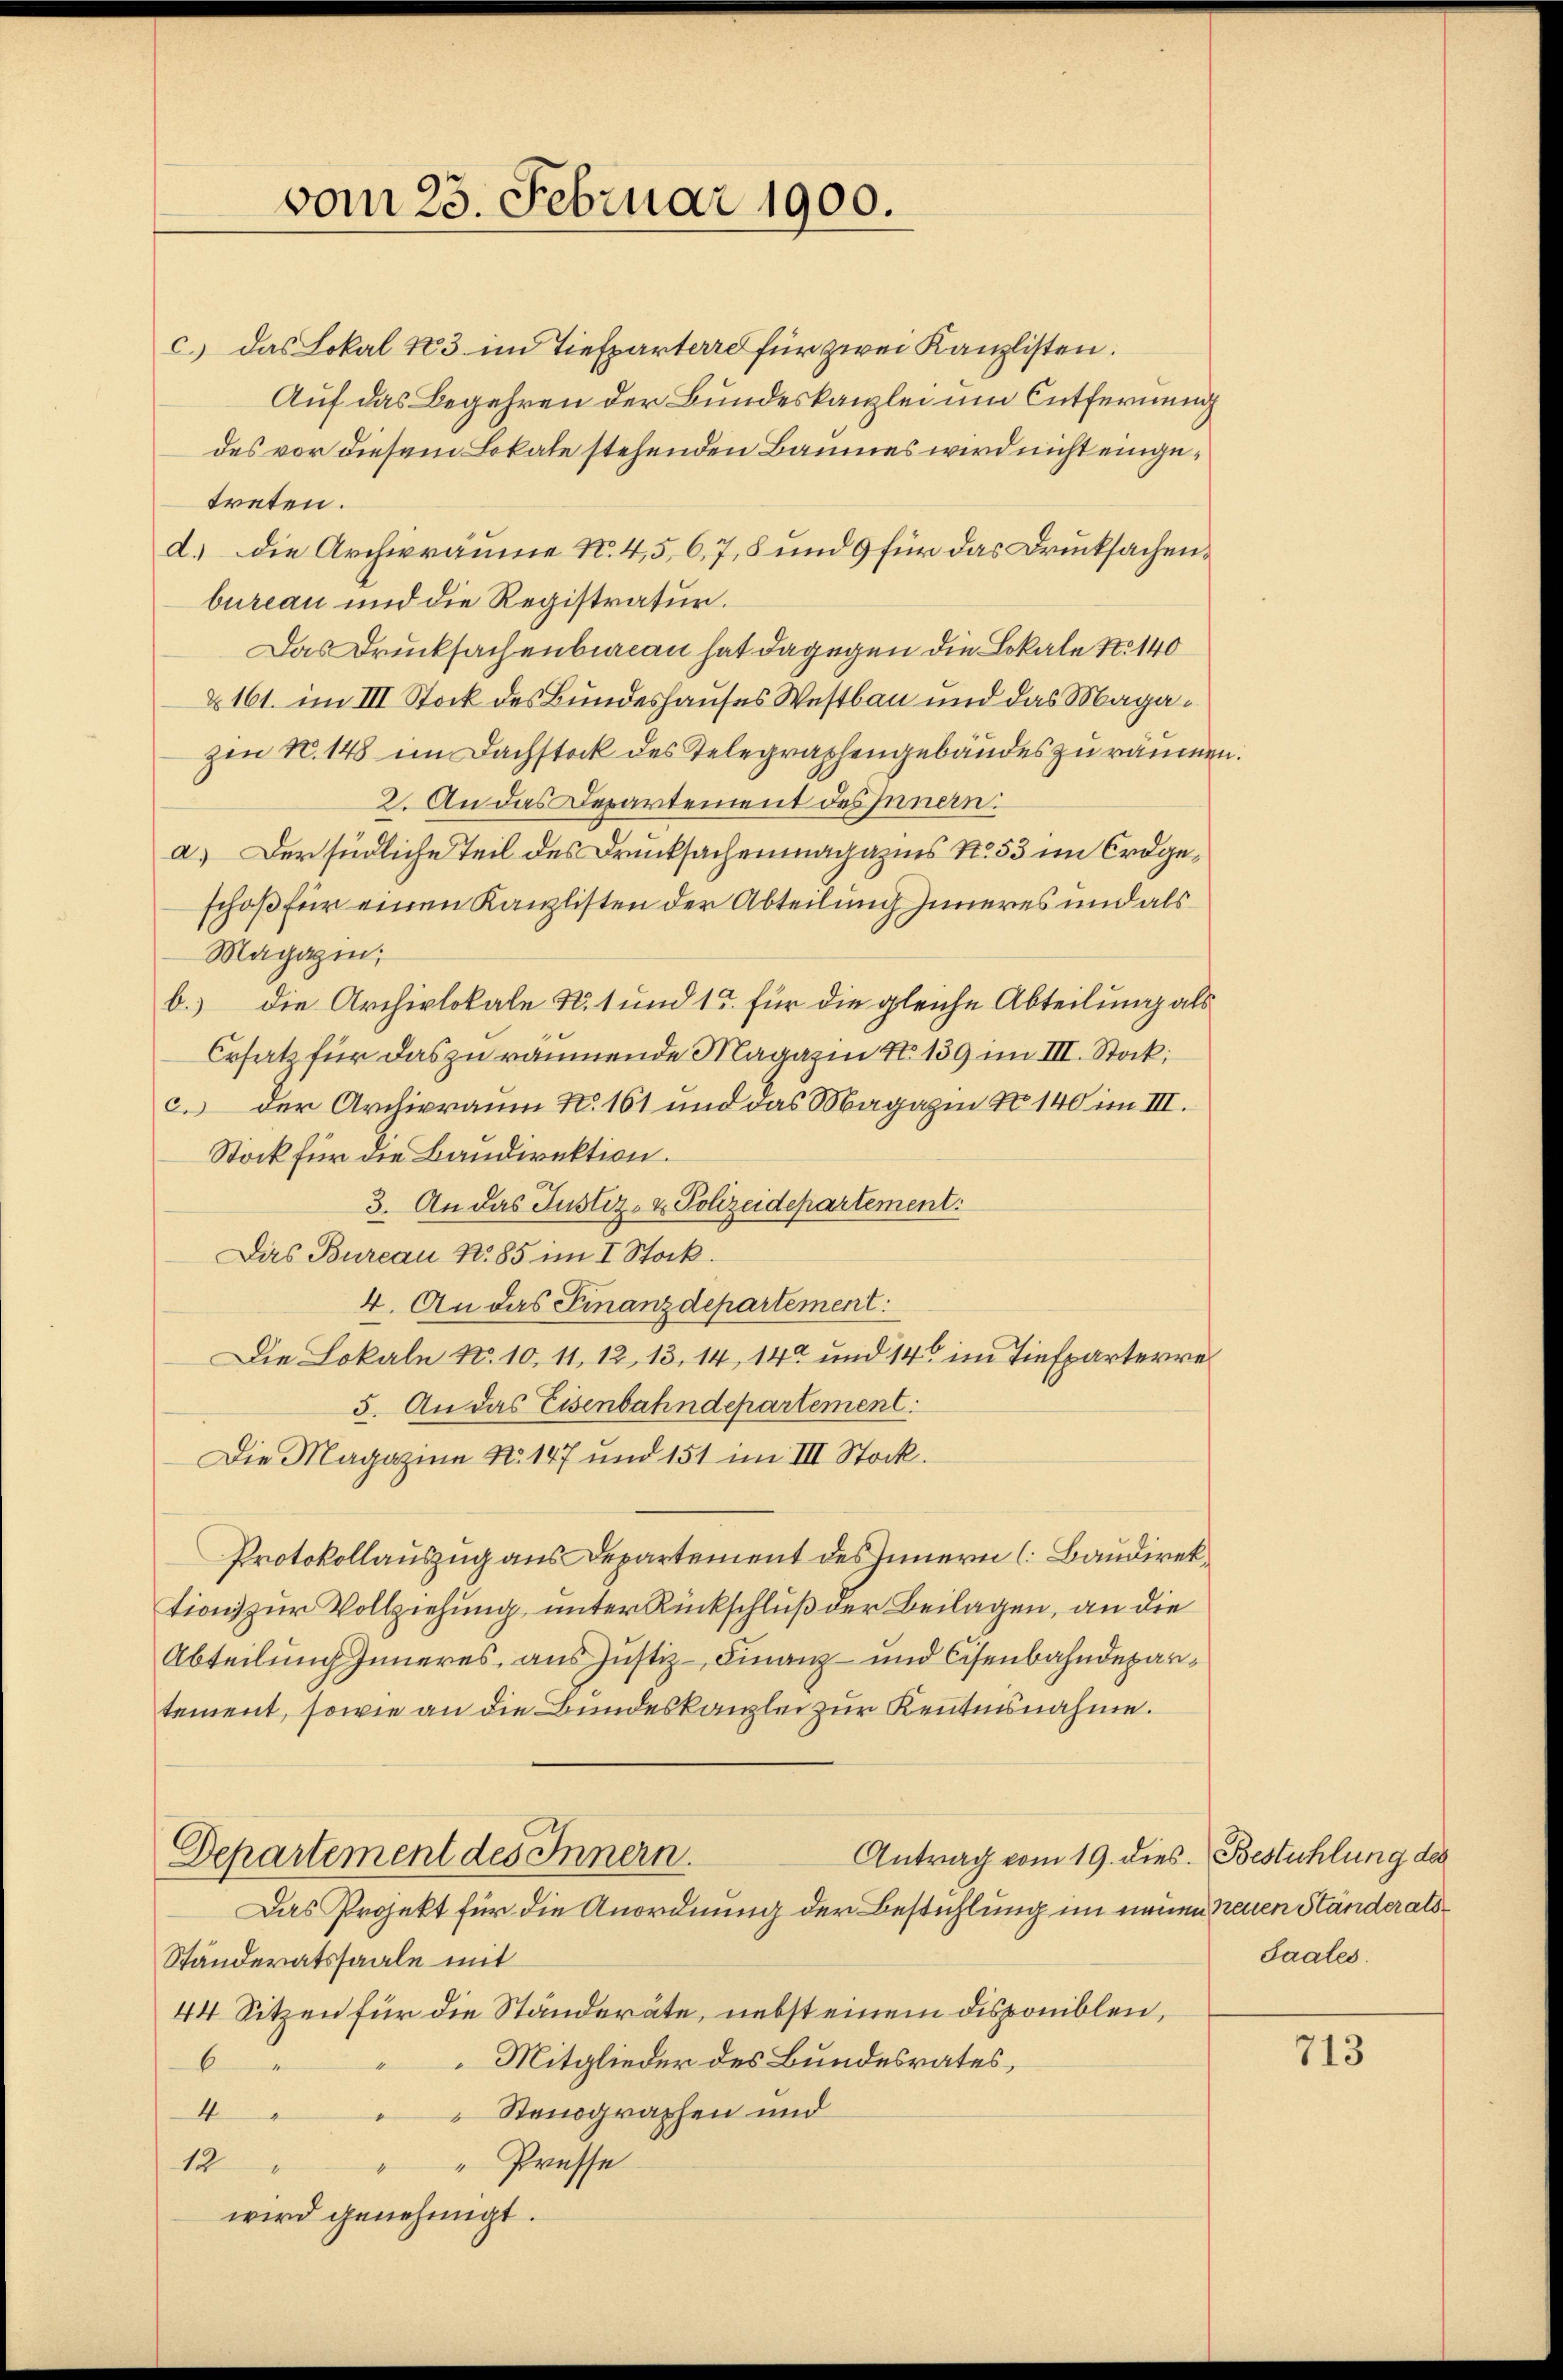
vom 23. Februar 1900.

c.) das Lokal 43 im Tiefparterre für zwei Kanzlisten.
Auf das Begehren der Bundeskanzlei um Entfernung
des vor diesem Lokale stehenden Baumes wird nicht eingetreten.
d. Die Archivräume N. 4, 5, 6, 7, 8 und 9 für das Drucksachenbureau und die Registratur.
Das Drucksachenbecan hat dagegen die Lokale No 140
& 161. im III Stock des Bundeshauses Westbau und das Magazin N. 148 im Dachstock des Telegraphengebäudes zu räumen
2. An das Departement des Innern:
a.) Der südliche Teil des Drucksachenmagazins No. 53 im Erdgeschoß für einen Kanzlisten der Abteilung Inneres und als
Magazin;
b.) die Archivlokale N. 1 und 15. für die gleiche Abteilung als
Ersatz für das zu räumende Magazin N. 139 im III. Stock;
c. der Archivraum No. 161 und das Magazin No 140 im III.
Stock für die Bandirektion.
3. An das Justiz- & Polizeidepartement
Das Bureau N. 85 im I. Stock.
4. An das Finanzdepartement:
Die Lokale No. 10. 11, 12, 13, 14, 142 und 140 im Tiefparterre
5. An das Eisenbahndepartement:
Die Magazine No 147 und 151 im III Stock.
Protokollauszug aus Departement des Innern (Baudirektion zur Vollziehung, unter Rückschluß der Beilagen, an die
Abteilung Inneres, aus Justiz- Finanz- und Eisenbahndepartement, sowie an die Bundeskanzlei zur Kenntnisnahme.
Antrag vom 19. dies. Bestühlung des
Departement des Innern.
Das Projekt für die Anordnung der Bestehlung im neuen Neuen Ständerats¬
Standeratssaale mit
44. Sitzen für die Ständeräte, nebst einem disponiblen,
Mitglieder des Bundesrates,
6
Stenographen und
4
"Prüsse
12
wird genehmigt.

Saales.

713